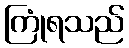
ကြုံရသည်